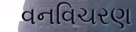
વનવિચરણ